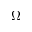
\Omega